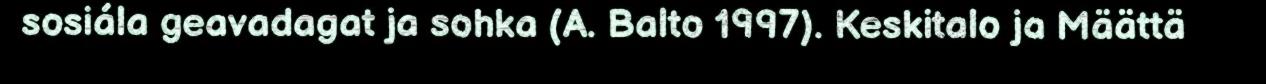
sosiála geavadagat ja sohka (A. Balto 1997). Keskitalo ja Määttä